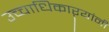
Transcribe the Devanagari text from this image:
उच्चाधिकाऱ्यांनी